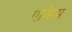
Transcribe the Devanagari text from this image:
एव्हिम